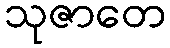
သုဇာတေ